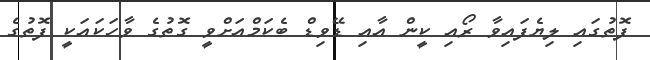
ފޮތުގައި ލިޔެފައިވާ ރޯއި ކީން އާއި ޑޭވިޑް ބެކަމްއަށްވީ ގޮތުގެ ވާހަކައަކީ ފޮތުގެ